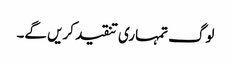
لوگ تمہاری تنقید کریں گے۔